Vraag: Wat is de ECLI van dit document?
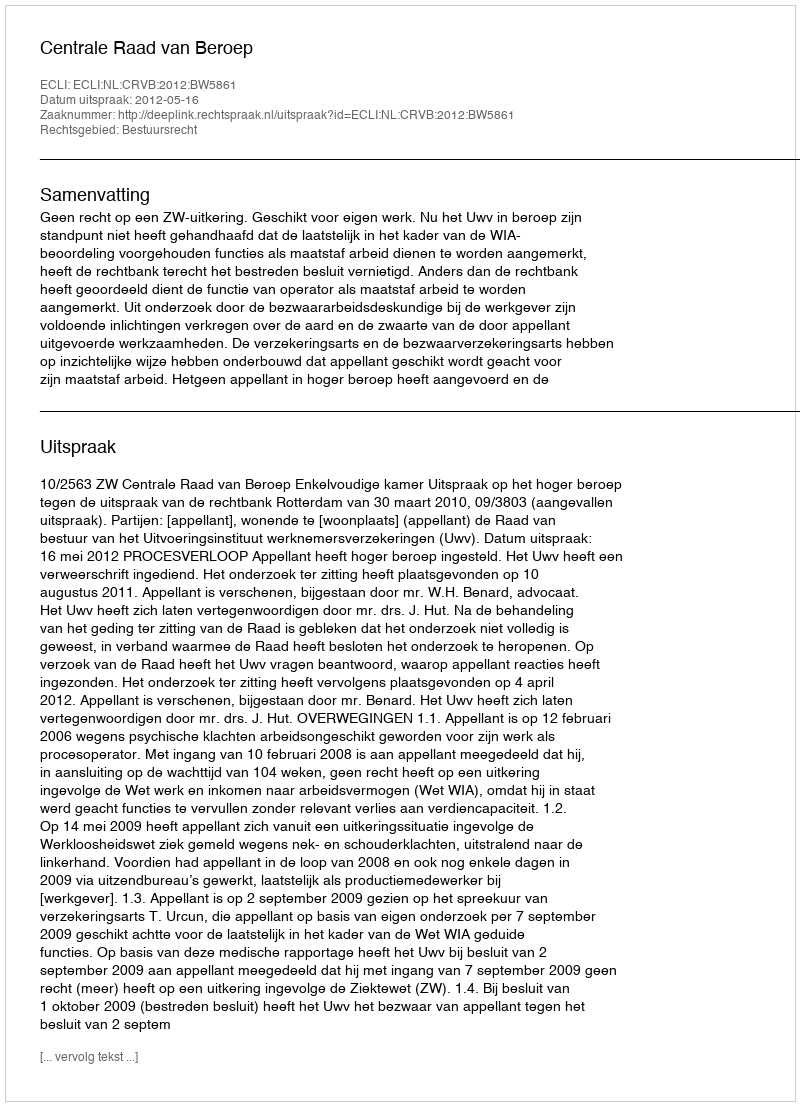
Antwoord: ECLI:NL:CRVB:2012:BW5861